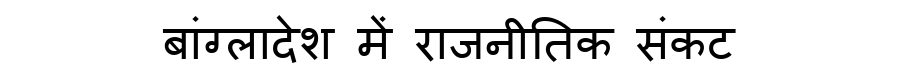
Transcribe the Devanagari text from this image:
बांग्लादेश में राजनीतिक संकट